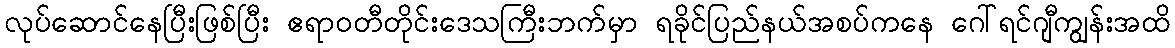
လုပ်ဆောင်နေပြီးဖြစ်ပြီး ဧရာဝတီတိုင်းဒေသကြီးဘက်မှာ ရခိုင်ပြည်နယ်အစပ်ကနေ ဂေါ်ရင်ဂျီကျွန်းအထိ